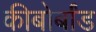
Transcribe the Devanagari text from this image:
कीबोर्बांड